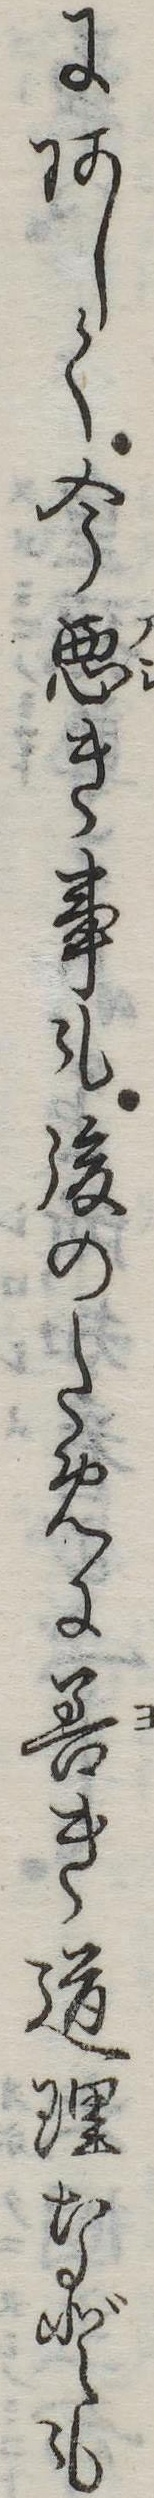
にあしく今悪き事も後のために善き道理なども